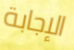
الإجابة